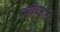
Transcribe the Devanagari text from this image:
प्रबोधनात